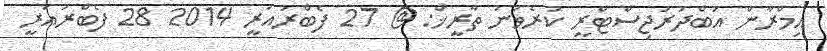
އިމްރާން އަބްދުރަޖިސްޓްރީ ކުރެވުނު ތާރީޚް: @ 27 ފެބްރުއަރީ 2014 28 ފެބްރުއަރީ